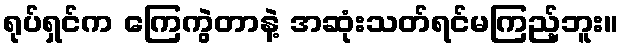
ရုပ်ရှင်က ကြေကွဲတာနဲ့ အဆုံးသတ်ရင်မကြည့်ဘူး။